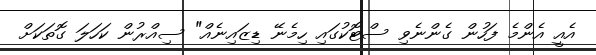
އެއީ އެންމެ ފަހުން ގެންނެވި ސްޓޮކުގައި ހިމެނޭ ޑިޒައިނެއް" ސިއްރުން ކަހަލަ ގޮތަކަށް